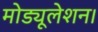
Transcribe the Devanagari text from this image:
मोड्यूलेशन।